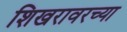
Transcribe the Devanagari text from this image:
शिखरावरच्या